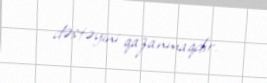
dəstəyini qazanmaqdır.